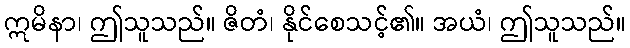
ဣမိနာ၊ ဤသူသည်။ ဇိတံ၊ နိုင်စေသင့်၏။ အယံ၊ ဤသူသည်။